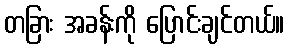
တခြား အခန်းကို ပြောင်းချင်တယ်။